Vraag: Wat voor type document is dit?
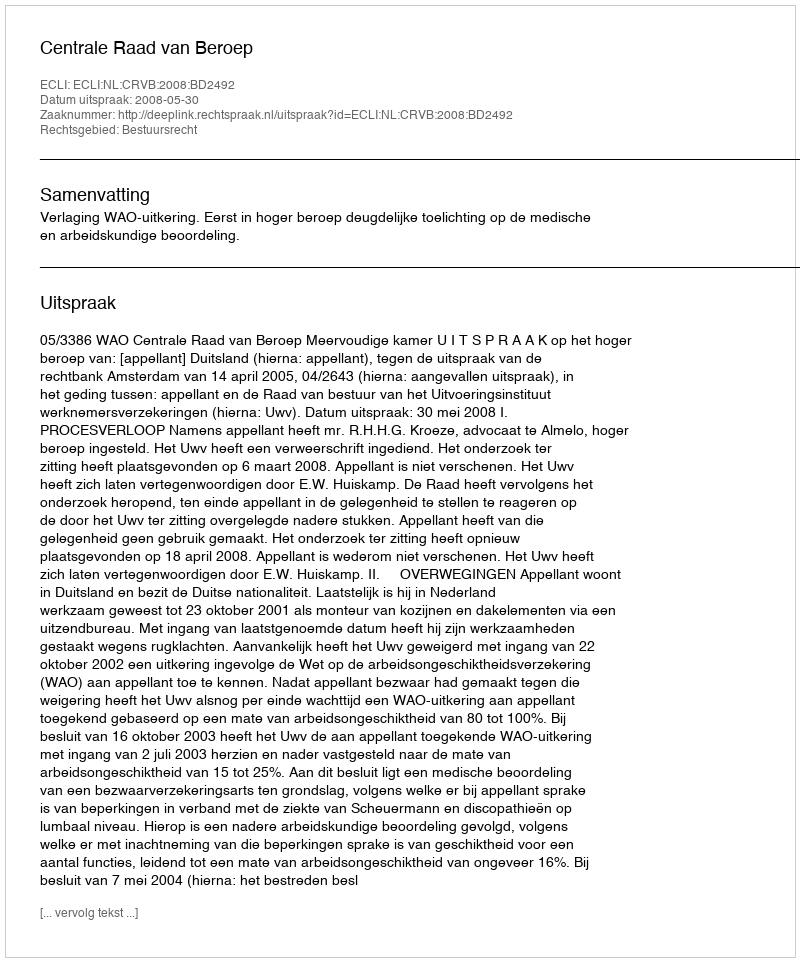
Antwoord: Uitspraak